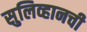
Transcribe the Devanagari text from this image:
सुलिव्हानची